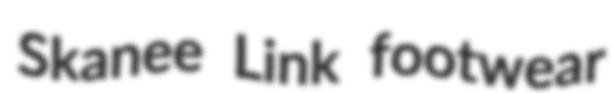
Skanee Link footwear